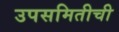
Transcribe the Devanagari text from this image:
उपसमितीची